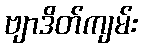
ဗျာဒိတ်ကျမ်း